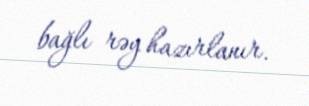
bağlı rəy hazırlanır.